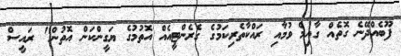
ފޫބެއްދޭނެ ގޮތެއް ގާއިމް ވުމާއި ރައްކާތެރިކަމުގެ ގެރެންޓީއެއް އޮތުމުގެ ޔަގީންކަން އޮތުން" ރައީސް